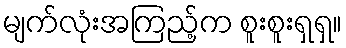
မျက်လုံးအကြည့်က စူးစူးရှရှ။